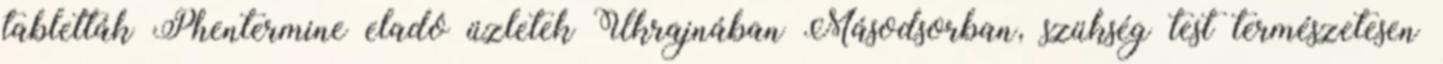
tabletták Phentermine eladó üzletek Ukrajnában Másodsorban, szükség test természetesen